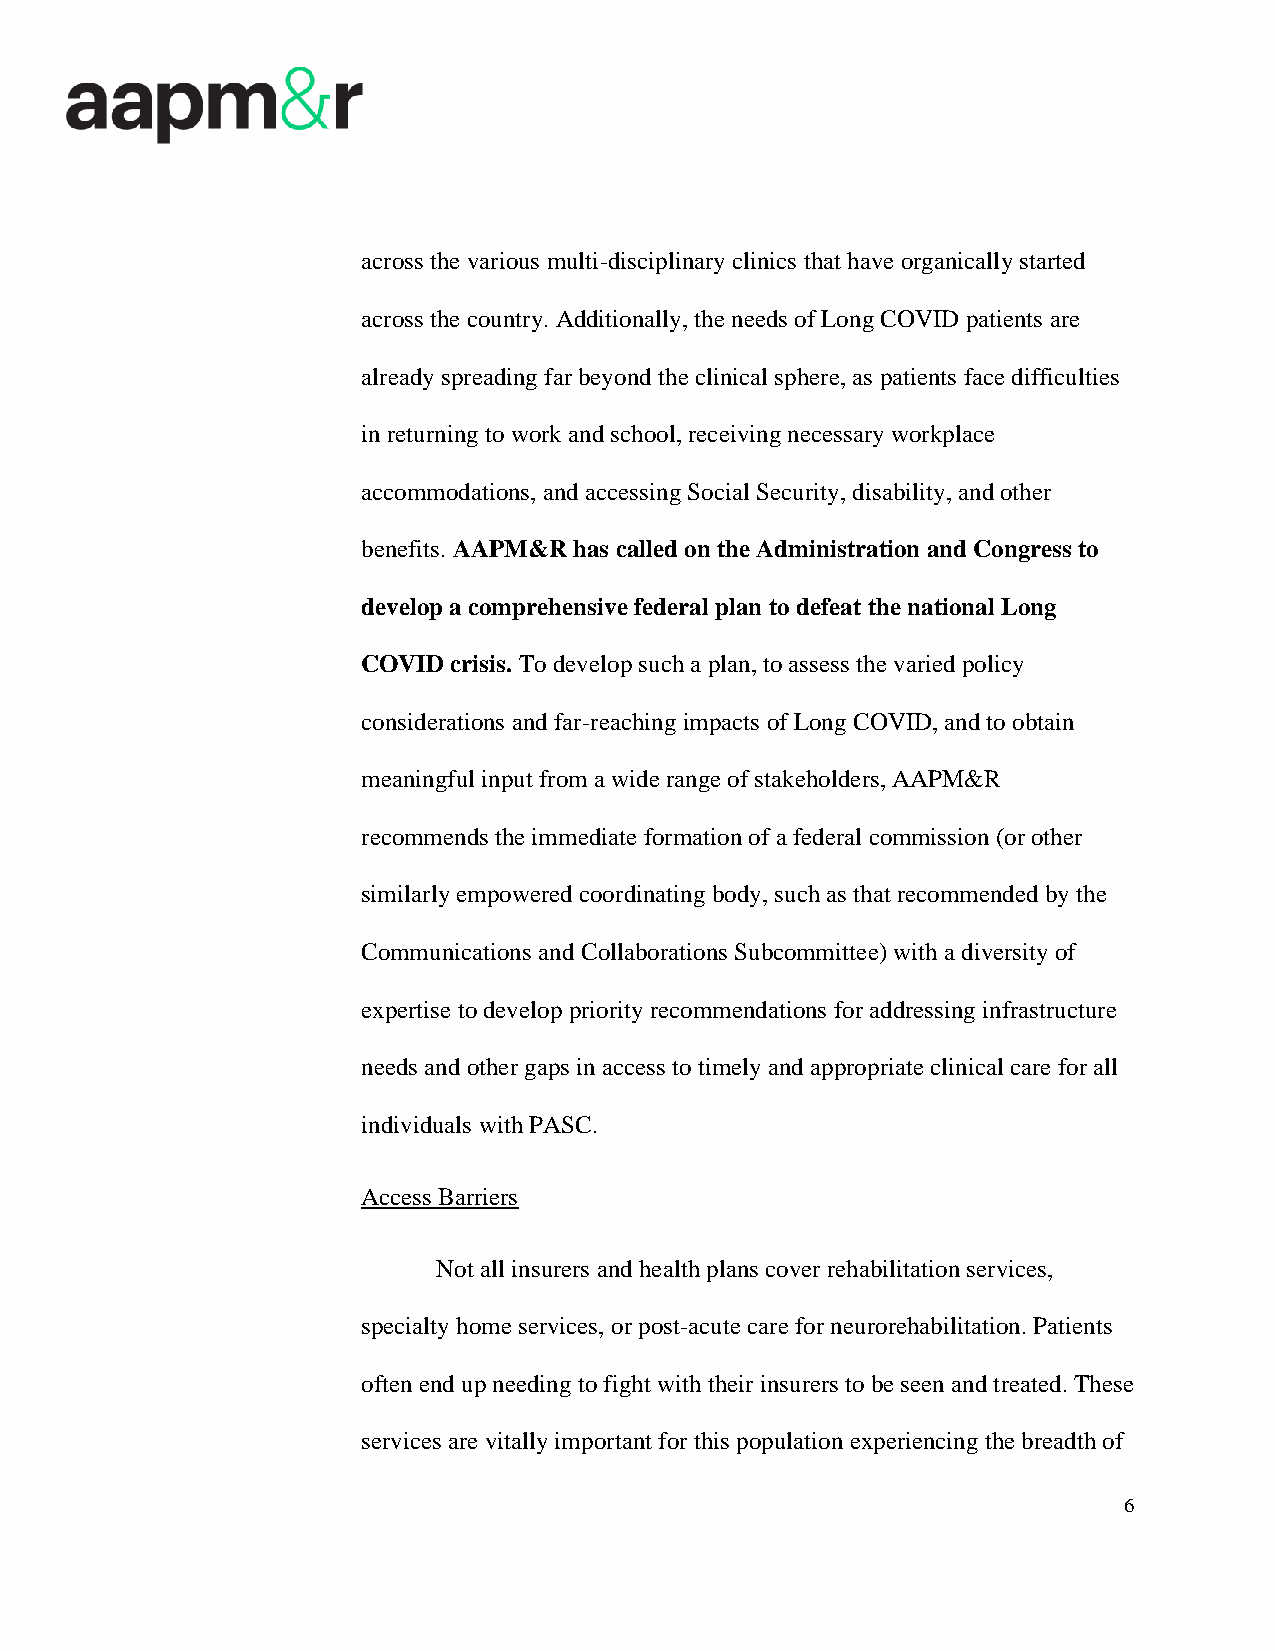
across the various multi-disciplinary clinics that have organically started
 across the country. Additionally, the needs of Long COVID patients are
 already spreading far beyond the clinical sphere, as patients face difficulties
 in returning to work and school, receiving necessary workplace
 accommodations, and accessing Social Security, disability, and other
 benefits. AAPM&R has called on the Administration and Congress to
 develop a comprehensive federal plan to defeat the national Long
 COVID crisis. To develop such a plan, to assess the varied policy
 considerations and far-reaching impacts of Long COVID, and to obtain
 meaningful input from a wide range of stakeholders, AAPM&R
 recommends the immediate formation of a federal commission (or other
 similarly empowered coordinating body, such as that recommended by the
 Communications and Collaborations Subcommittee) with a diversity of
 expertise to develop priority recommendations for addressing infrastructure
 needs and other gaps in access to timely and appropriate clinical care for all
 individuals with PASC.
 Access Barriers
 Not all insurers and health plans cover rehabilitation services,
 specialty home services, or post-acute care for neurorehabilitation. Patients
 often end up needing to fight with their insurers to be seen and treated. These
 services are vitally important for this population experiencing the breadth of
 6